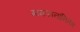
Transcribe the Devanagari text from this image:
मामकानांनितंबः